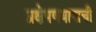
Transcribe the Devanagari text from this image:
प्रक्षेपणयानाची